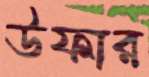
উফার